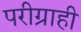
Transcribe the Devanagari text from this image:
परीग्राही